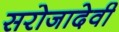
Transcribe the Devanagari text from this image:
सरोजादेवी